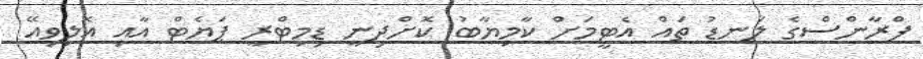
ފްރާންސްގެ ލަނޑު ތައް އެޓީމަށް ކާމިޔާބު ކޮށްދިނީ ޑިމިޓްރީ ޕަޔެޓް އާއި އޮލިވިއޭ